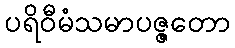
ပရိဝီမံသမာပဇ္ဇတော